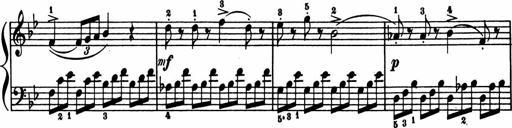
Title: 11 Sonatinas for Piano Solo
Composer: Anton Diabelli